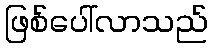
ဖြစ်ပေါ်လာသည်